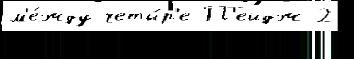
м'е́жду четы́р'е П'ейдж 2